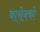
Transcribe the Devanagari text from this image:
बारोक्को